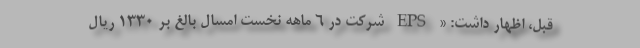
قبل، اظهار داشت: « EPS شرکت در 6 ماهه نخست امسال بالغ بر 1330 ریال